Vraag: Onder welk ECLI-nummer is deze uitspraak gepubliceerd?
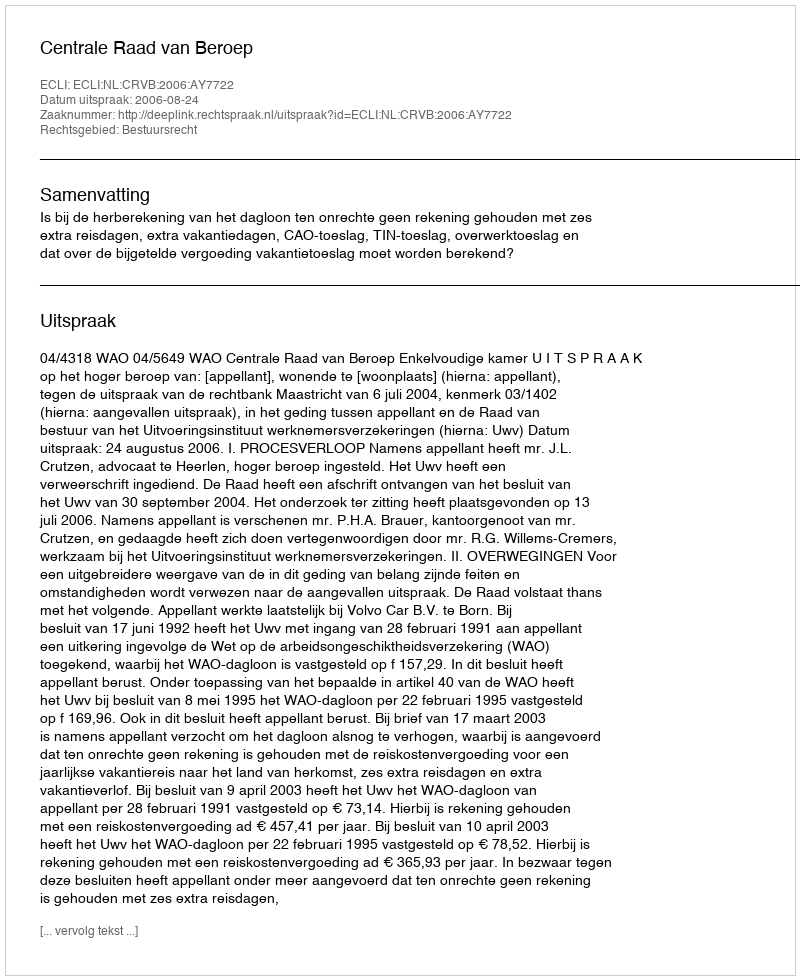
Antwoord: ECLI:NL:CRVB:2006:AY7722